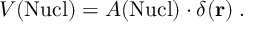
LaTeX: V ( \mathrm { N u c l } ) = A ( \mathrm { N u c l } ) \cdot \delta ( { \bf r } ) \; .